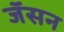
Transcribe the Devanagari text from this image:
जॅसन